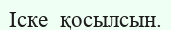
Іске  қосылсын.